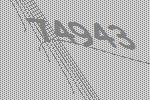
74943